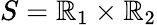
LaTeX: S=\mathbb{R}_{1}\times\mathbb{R}_{2}